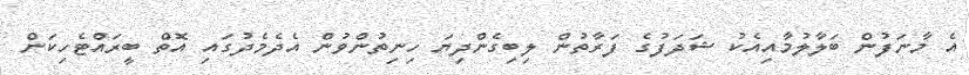
އެ މާނަފުން ބަލާލުމާއިއެކު ޝަދަފުގެ ފަރާތުން ލިބިގެންދިޔަ ހިނިތުންވުން އެދެމެދުގައި އޮތް ބީރައްޓެހިކަން